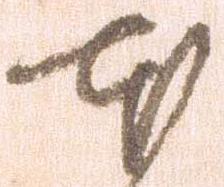
本